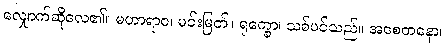
လျှောက်ဆိုလေ၏။ မဟာရာဇ၊ မင်းမြတ်။ ရုက္ခော၊ သစ်ပင်သည်။ အစေတနော၊